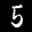
Label: 5